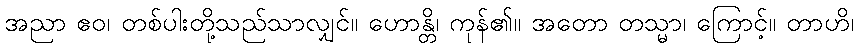
အညာ ဧဝ၊ တစ်ပါးတို့သည်သာလျှင်။ ဟောန္တိ၊ ကုန်၏။ အတော တသ္မာ၊ ကြောင့်။ တာဟိ၊